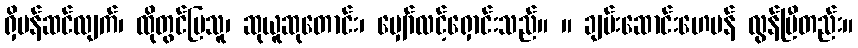
ရှိပန်ဆင်လျက်၊ ထိုတွင်ပြသူ၊ ဆုယူဆုတောင်း၊ မျှော်လင့်ရှောင်းသည်။ ။ ချမ်းဆောင်းဟေမန် လွန်ပြီတည်း။